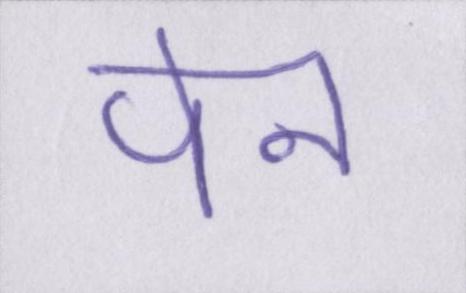
पेन